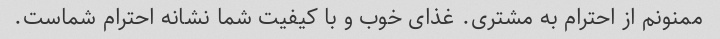
ممنونم از احترام به مشتری. غذای خوب و با کیفیت شما نشانه احترام شماست.